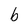
Character: b